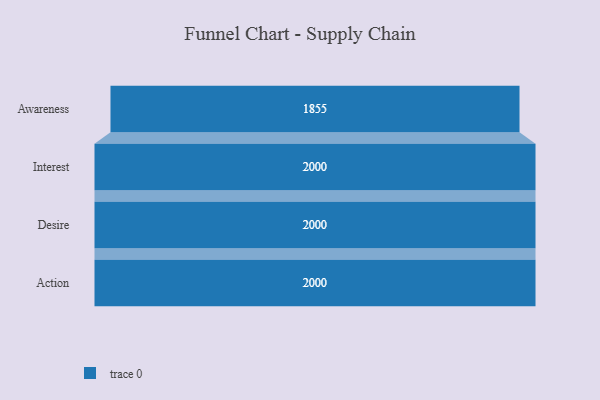
{"axis": {"x": "Stage", "y": "Value"}, "legend": [""], "data": [{"x": "Awareness", "y": 1855.0, "type": ""}, {"x": "Interest", "y": 2000, "type": ""}, {"x": "Desire", "y": 2000, "type": ""}, {"x": "Action", "y": 2000, "type": ""}]}